Vaccine operations Central Provinces 1900-1911 - 1900-1911
Year: 1900
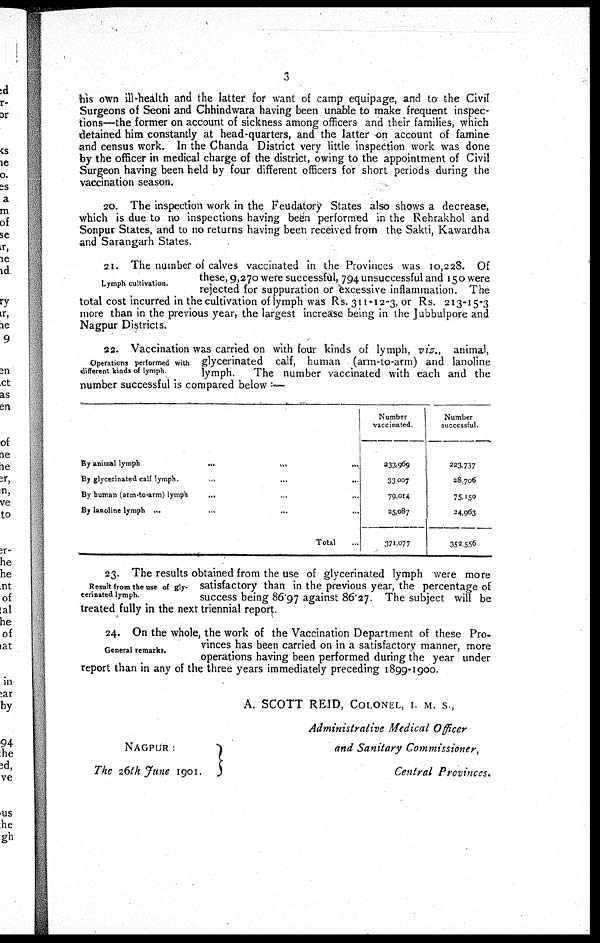
3
his own ill-health and the latter for want of camp equipage, and to the Civil
Surgeons of Seoni and Chhindwara having been unable to make frequent inspec-
tions—the former on account of sickness among officers and their families, which
detained him constantly at head-quarters, and the latter on account of famine
and census work. In the Chanda District very little inspection work was done
by the officer in medical charge of the district, owing to the appointment of Civil
Surgeon having been held by four different officers for short periods during the
vaccination season.
20. The inspection work in the Feudatory States also shows a decrease,
which is due to no inspections having been performed in the Rehrakhol and
Sonpur States, and to no returns having been received from the Sakti, Kawardha
and Sarangarh States.
Lymph cultivation.
21. The number of calves vaccinated in the Provinces was 10,228. Of
these, 9,270 were successful, 794 unsuccessful and 150 were
rejected for suppuration or excessive inflammation. The
total cost incurred in the cultivation of lymph was Rs. 311-12-3, or Rs. 213-15-3
more than in the previous year, the largest increase being in the Jubbulpore and
Nagpur Districts.
Operations performed with
different kinds of lymph
22. Vaccination was carried on with four kinds of lymph, viz., animal,
glycerinated calf, human (arm-to-arm) and lanoline
lymph.
The number vaccinated with each and the
number successful is compared below : —
By animal
lymph...
...
...
By glycerinated calf lymph.
...
...
...
By human (arm-to-arm)
lymph...
...
...
By lanoline lymph... ... ...
Total...
Number
vaccinated.
333,969
33,007
79,014
25,087
371,077
Number
successful.
223,737
28,706
75,150
24,963
352,556
Result from the use of gly-
cerinated lymph.
23. The results obtained from the use of glycerinated lymph were more
satisfactory than in the previous year, the percentage of
success being 86.97 against 86.27. The subject will be
treated fully in the next triennial report.
General remarks.
24. On the whole, the work of the Vaccination Department of these Pro-
vinces has been carried on in a satisfactory manner, more
operations having been performed during the year under
report than in any of the three years immediately preceding 1899-1900.
A. SCOTT REID, COLONEL, I. M. S.,
Administrative Medical Officer
and Sanitary Commissioner,
Central Provinces.
NAGPUR :
The 26th June 1901.
and Sanitary Commissioner,
Central Provinces.